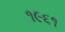
૧૯૬૧